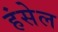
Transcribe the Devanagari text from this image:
हंसेल